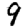
Digit: 9